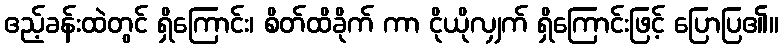
ဧည့်ခန်းထဲတွင် ရှိကြောင်း၊ စိတ်ထိခိုက် ကာ ငိုယိုလျှက် ရှိကြောင်းဖြင့် ပြောပြ၏။